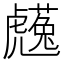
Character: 𧈋